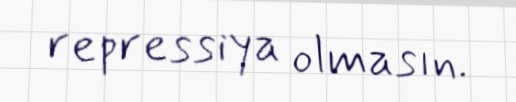
repressiya olmasın.